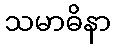
သမာဓိနာ